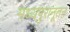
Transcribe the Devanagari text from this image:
मध्यपुरानूतन